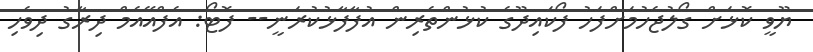
ޔޫވީ ކޮޅަށް ގޯލުޖެހުމަށްފަހު ފޯކައިދޫގެ ކުޅުންތެރިން އުފާފާޅުކުރަނީ-- ފޮޓޯ: އެފްއޭއެމް ދިރާގު ދިވެހި